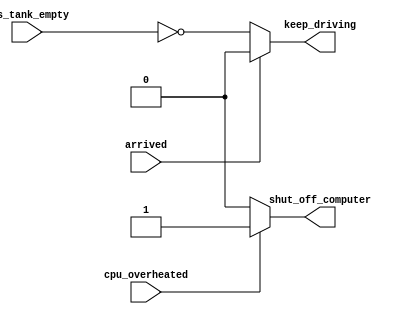
module top_module (
    input      cpu_overheated,
    output reg shut_off_computer,
    input      arrived,
    input      gas_tank_empty,
    output reg keep_driving  );

    // Fix the bug in the following code
    
    always @(*) begin
        // Default assignment to avoid latch
        shut_off_computer = 0;
        if (cpu_overheated)
           shut_off_computer = 1;
    end

    always @(*) begin
        // Default assignment to avoid latch
        keep_driving = 0; 
        if (~arrived)
           keep_driving = ~gas_tank_empty;
    end

endmodule